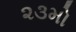
૨૩મો